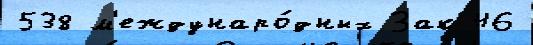
538 м'еждунаро́дных Зак 46